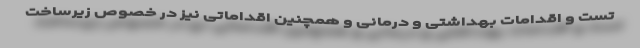
تست و اقدامات بهداشتی و درمانی و همچنین اقداماتی نیز در خصوص زیرساخت